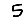
Digit: 5